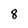
Character: 8